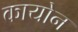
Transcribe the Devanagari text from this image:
कायोन